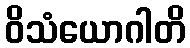
ဝိသံယောဂါတိ